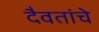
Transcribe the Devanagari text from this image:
दैवतांचे